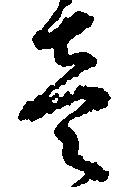
壱